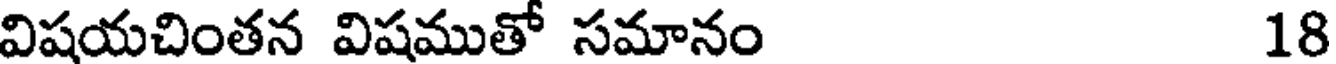
విషయచింతన విషముతో సమానం 18